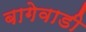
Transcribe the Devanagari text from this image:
बागेवाडी